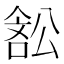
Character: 𭉽